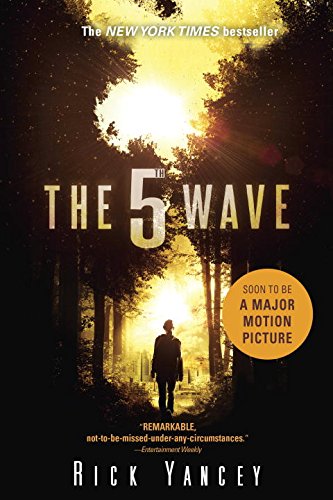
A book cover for The 5th Wave: The First Book of the 5th Wave Series; Rick Yancey; Teen & Young Adult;